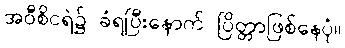
အဝီစိငရဲ၌ ခံရပြီးနောက် ပြိတ္တာဖြစ်နေပုံ။